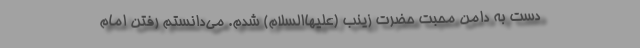
دست به دامن محبت حضرت زینب (علیهاالسلام) شدم. می‌دانستم رفتن امام